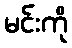
မင်းကို